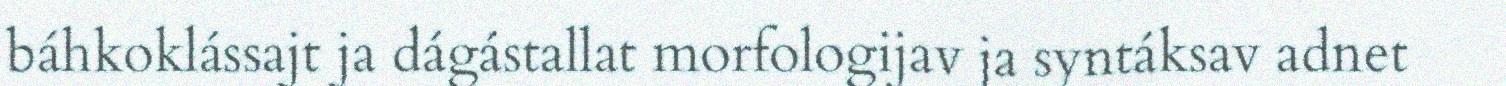
báhkoklássajt ja dágástallat morfologijav ja syntáksav adnet